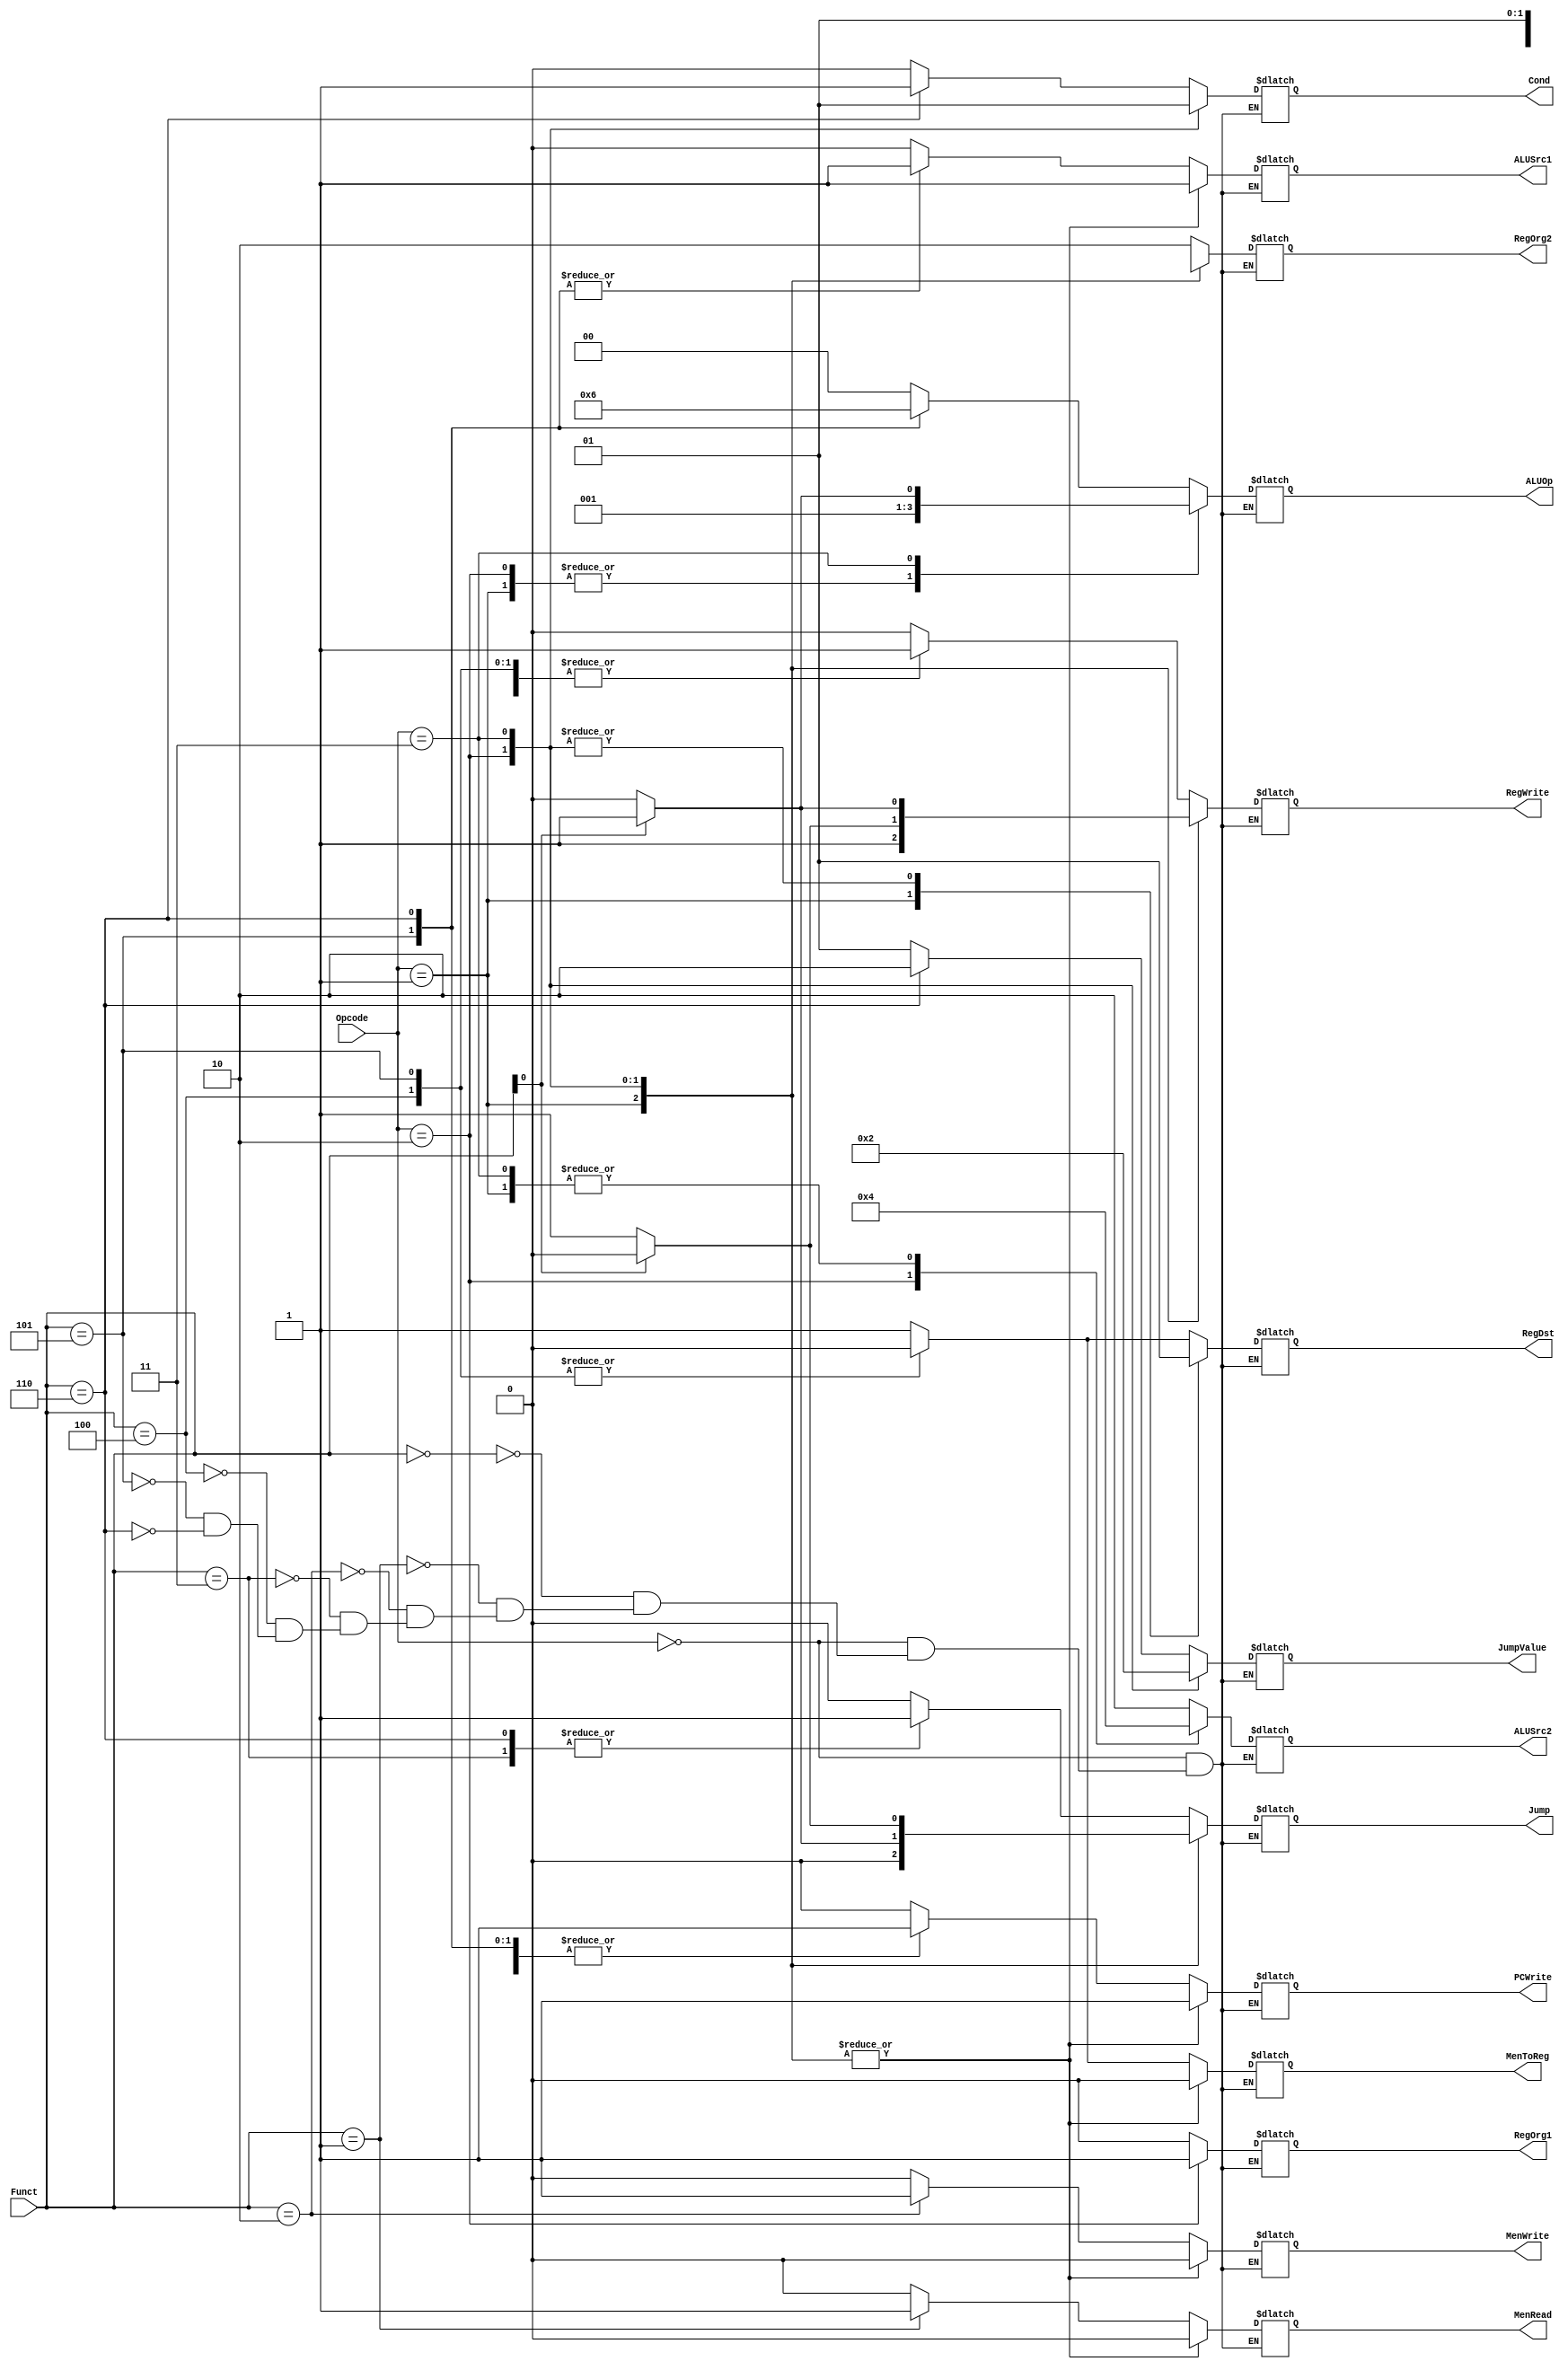
module UnidadeControle (Opcode, Funct, PCWrite, RegOrg1, RegOrg2, RegDst, RegWrite, ALUSrc1, ALUSrc2, ALUOp, JumpValue, Cond, Jump, MenWrite, MenRead, MenToReg);

  input [1:0] Opcode;
  input [2:0] Funct;
  output reg PCWrite, RegOrg1, RegDst, RegWrite, ALUSrc1, Cond, Jump, MenWrite, MenRead, MenToReg;
  output reg [1:0] ALUSrc2, ALUOp, JumpValue, RegOrg2;

  always @(Opcode, Funct) begin
        case (Opcode)
            2'b00: begin
                case (Funct)
                    3'b000: begin // halt
                        PCWrite = 0; 
                        RegOrg1 = 1'bX;
                        RegOrg2 = 2'bXX;
                        RegDst = 1'bX;
                        RegWrite = 0;
                        ALUSrc1 = 1'bX;
                        ALUSrc2 = 2'bXX;
                        ALUOp = 2'bXX;
                        JumpValue = 2'bXX;
                        Cond = 1'bX;
                        Jump = 1'bX;
                        MenWrite = 0;
                        MenRead = 0;
                        MenToReg = 1'bX;
                    end
                    3'b001: begin // lw
                        PCWrite = 1;
                        RegOrg1 = 0;
                        RegOrg2 = 2'bXX;
                        RegDst = 1;
                        RegWrite = 1;
                        ALUSrc1 = 1'bX;
                        ALUSrc2 = 2'bXX;
                        ALUOp = 2'bXX;
                        JumpValue = 2'bXX;
                        Cond = 1'bX;
                        Jump = 0;
                        MenWrite = 0;
                        MenRead = 1;
                        MenToReg = 1;
                    end
                    
                    3'b010: begin // sw
                        PCWrite = 1; 
                        RegOrg1 = 0;
                        RegOrg2 = 2'b10;
                        RegDst = 1'bX;
                        RegWrite = 0;
                        ALUSrc1 = 1'bX;
                        ALUSrc2 = 2'bXX;
                        ALUOp = 2'bXX;
                        JumpValue = 2'bXX;
                        Cond = 1'bX;
                        Jump = 0;
                        MenWrite = 1;
                        MenRead = 0;
                        MenToReg = 1'bX;
                    end
                    3'b011: begin // jr
                        PCWrite = 1; 
                        RegOrg1 = 0;
                        RegOrg2 = 2'bXX;
                        RegDst = 1'bX;
                        RegWrite = 0;
                        ALUSrc1 = 1'bX;
                        ALUSrc2 = 2'bXX;
                        ALUOp = 2'bXX;
                        JumpValue = 2'b01;
                        Cond = 0;
                        Jump = 1;
                        MenWrite = 0;
                        MenRead = 0;
                        MenToReg = 1'bX;
                    end
                    3'b100: begin // rst
                        PCWrite = 1; 
                        RegOrg1 = 1'bX;
                        RegOrg2 = 2'bXX;
                        RegDst = 0;
                        RegWrite = 1;
                        ALUSrc1 = 0;
                        ALUSrc2 = 2'b10;
                        ALUOp = 2'b00;
                        JumpValue = 2'bXX;
                        Cond = 1'bX;
                        Jump = 0;
                        MenWrite = 0;
                        MenRead = 0;
                        MenToReg = 0;
                    end
                    3'b101: begin // inv
                        PCWrite = 1; 
                        RegOrg1 = 0;
                        RegOrg2 = 2'bXX;
                        RegDst = 0;
                        RegWrite = 1;
                        ALUSrc1 = 1;
                        ALUSrc2 = 2'bXX;
                        ALUOp = 2'b01;
                        JumpValue = 2'bXX;
                        Cond = 1'bX;
                        Jump = 0;
                        MenWrite = 0;
                        MenRead = 0;
                        MenToReg = 0;
                    end
                    3'b110: begin // beqz
                        PCWrite = 1; 
                        RegOrg1 = 0;
                        RegOrg2 = 2'bXX;
                        RegDst = 1'bX;
                        RegWrite = 0;
                        ALUSrc1 = 1;
                        ALUSrc2 = 2'b10;
                        ALUOp = 2'b10;
                        JumpValue = 2'b10;
                        Cond = 1;
                        Jump = 1;
                        MenWrite = 0;
                        MenRead = 0;
                        MenToReg = 1'bX;
                    end
                    default: ;
                endcase
            end
            2'b01: begin // add
                PCWrite = 1; 
                RegOrg1 = 0;
                RegOrg2 = 2'b00;
                RegDst = 0;
                RegWrite = 1;
                ALUSrc1 = 1;
                ALUSrc2 = 2'b00;
                ALUOp = 2'b00;
                JumpValue = 2'bXX;
                Cond = 1'bX;
                Jump = 0;
                MenWrite = 0;
                MenRead = 0;
                MenToReg = 0;
            end
            2'b10: begin
                case(Funct[0])
                    1'b0:  begin // addi
                        PCWrite = 1; 
                        RegOrg1 = 1;
                        RegOrg2 = 2'bXX;
                        RegDst = 1;
                        RegWrite = 1;
                        ALUSrc1 = 1;
                        ALUSrc2 = 2'b01;
                        ALUOp = 2'b00;
                        JumpValue = 2'bXX;
                        Cond = 1'bX;
                        Jump = 0;
                        MenWrite = 0;
                        MenRead = 0;
                        MenToReg = 0;
                    end
                    1'b1:  begin // j
                        PCWrite = 1;
                        RegOrg1 = 1'bX;
                        RegOrg2 = 2'bXX;
                        RegDst = 1'bX;
                        RegWrite = 0;
                        ALUSrc1 = 1'bX;
                        ALUSrc2 = 2'bXX;
                        ALUOp = 2'bXX;
                        JumpValue = 2'b00;
                        Cond = 0;
                        Jump = 1;
                        MenWrite = 0;
                        MenRead = 0;
                        MenToReg = 1'bX;
                    end
                endcase
            end
            2'b11: begin 
                case(Funct[0])
                    1'b0:  begin // beqr
                        PCWrite = 1;
                        RegOrg1 = 0;
                        RegOrg2 = 2'b01;
                        RegDst = 1'bX;
                        RegWrite = 0;
                        ALUSrc1 = 1;
                        ALUSrc2 = 2'b00;
                        ALUOp = 2'b10;
                        JumpValue = 2'b10;
                        Cond = 1;
                        Jump = 1;
                        MenWrite = 0;
                        MenRead = 0;
                        MenToReg = 1'bX;
                    end
                    1'b1:  begin // slt
                        PCWrite = 1;
                        RegOrg1 = 0;
                        RegOrg2 = 2'b01;
                        RegDst = 1;
                        RegWrite = 1;
                        ALUSrc1 = 1;
                        ALUSrc2 = 2'b00;
                        ALUOp = 2'b11;
                        JumpValue = 2'bXX;
                        Cond = 1'bX;
                        Jump = 0;
                        MenWrite = 0;
                        MenRead = 0;
                        MenToReg = 0;
                    end
                endcase
            end
            default: ;
        endcase
  end

endmodule